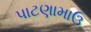
પાટણામાઉ